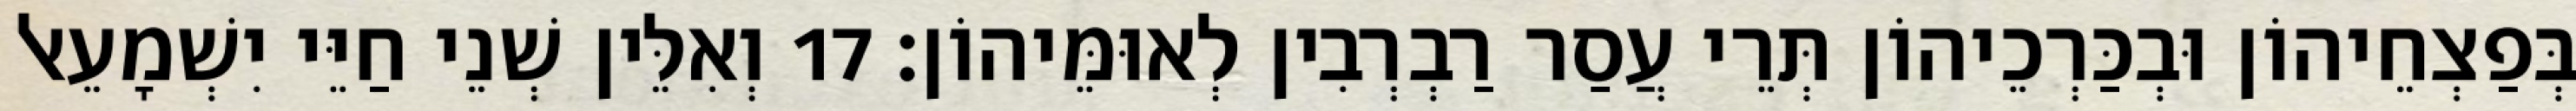
בְּפַצְחֵיהוֹן וּבְכַּרְכֵיהוֹן תְּרֵי עֲסַר רַבְרְבִין לְאוּמֵּיהוֹן׃ 17 וְאִלֵּין שְׁנֵי חַיֵּי יִשְׁמָעֵאל